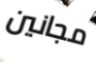
مجانين